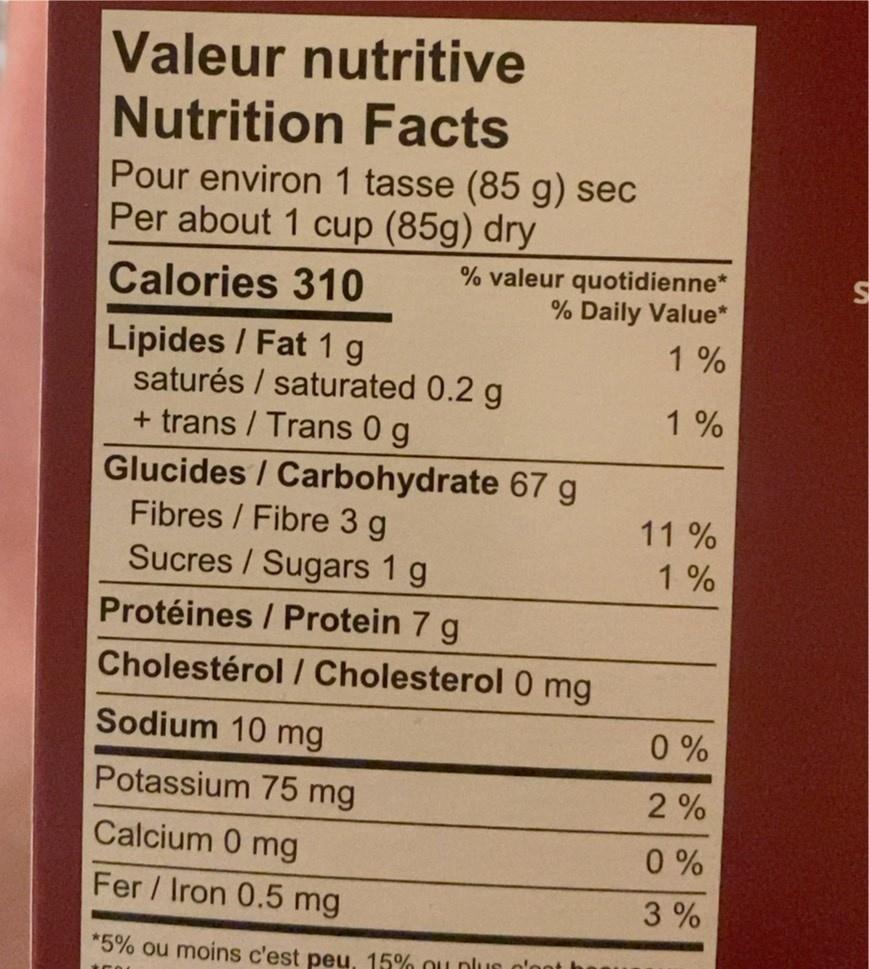
Valeur nutritive Nutrition Facts
Pour environ 1 tasse (85 g) sec Per about 1 cup (85g) dry
Calories 310
% valeur quotidienne* % Daily Value* 1%
1%
Lipides / Fat 1 g
saturés / saturated 0.2 g
+ trans / Trans 0 g
Glucides / Carbohydrate 67 g
Fibres/ Fibre 3 g
Sucres / Sugars 1 g
Protéines / Protein 7 g
Cholestérol / Cholesterol 0 mg
Sodium 10 mg
Potassium 75 mg
Calcium 0 mg
Fer/Iron 0.5 mg
*5% ou moins c'est peu, 15% u plus
11%
1%
0%
2%
0%
3%
S